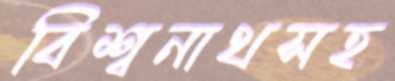
বিশ্বনাথসহ